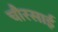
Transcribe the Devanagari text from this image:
चौरसाई